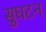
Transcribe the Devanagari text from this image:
सुघटन